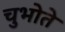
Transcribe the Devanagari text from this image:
चुभोते